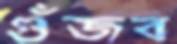
গুঁজব